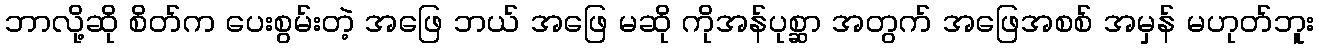
ဘာလို့ဆို စိတ်က ပေးစွမ်းတဲ့ အဖြေ ဘယ် အဖြေ မဆို ကိုအန်ပုစ္ဆာ အတွက် အဖြေအစစ် အမှန် မဟုတ်ဘူး